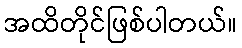
အထိတိုင်ဖြစ်ပါတယ်။